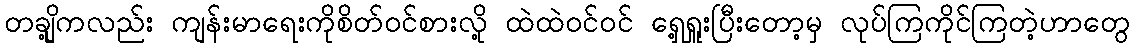
တချို့ကလည်း ကျန်းမာရေးကိုစိတ်ဝင်စားလို့ ထဲထဲဝင်ဝင် ရှေ့ရှူးပြီးတော့မှ လုပ်ကြကိုင်ကြတဲ့ဟာတွေ